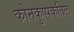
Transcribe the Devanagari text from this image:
कोनकुप्पकतिल